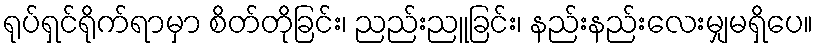
ရုပ်ရှင်ရိုက်ရာမှာ စိတ်တိုခြင်း၊ ညည်းညူခြင်း၊ နည်းနည်းလေးမျှမရှိပေ။